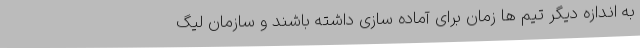
به اندازه دیگر تیم ها زمان برای آماده سازی داشته باشند و سازمان لیگ